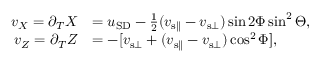
\begin{array} { r l } { v _ { X } = \partial _ { T } X } & { = u _ { \mathrm { S D } } - \frac { 1 } { 2 } ( v _ { { \mathrm { s } } \parallel } - v _ { { \mathrm { s } } \bot } ) \sin 2 \Phi \sin ^ { 2 } \Theta , } \\ { v _ { Z } = \partial _ { T } Z } & { = - [ v _ { { \mathrm { s } } \bot } + ( v _ { { \mathrm { s } } \parallel } - v _ { { \mathrm { s } } \bot } ) \cos ^ { 2 } \Phi ] , } \end{array}